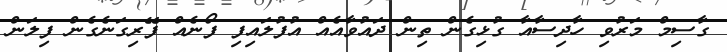
ގާސިމް މަރުވި ހާދިސާއާ ގުޅިގެން ތިން ދައުވާއެއް އުފުލައިފި ފޯނެއް ފޭރިގަނެގެން ފިލަން